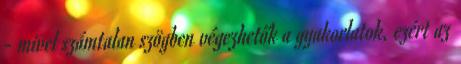
- mivel számtalan szögben végezhetők a gyakorlatok, ezért az